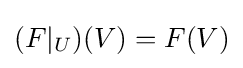
(F|_{U})(V)=F(V)